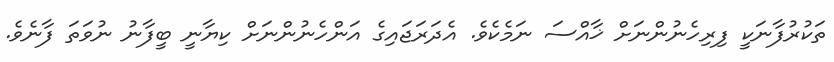
ތަކުރުފާނަކީ ފިރިހެނުންނަށް ޚާއްސަ ނަމެކެވެ. އެދަރަޖައިގެ އަންހެނުންނަށް ކިޔާނީ ބީފާނު ނުވަތަ ފާނެވެ.